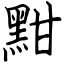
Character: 黚